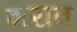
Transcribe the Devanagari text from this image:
शराव